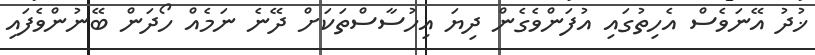
ޚުދު އޭނަވެސް އެހިތުގައި އުފަންވެގެން ދިޔަ އިހުސާސްތަކަށް ދޭނެ ނަމެއް ހޯދަން ބޭނުންވެފައި